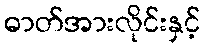
ဓာတ်အားလိုင်းနှင့်